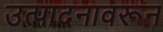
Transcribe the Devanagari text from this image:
उत्पादनावरून